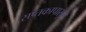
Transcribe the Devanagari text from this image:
सप्तकापासून